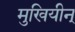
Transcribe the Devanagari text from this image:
मुखियीन्